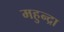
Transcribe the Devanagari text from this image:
महुन्द्रा